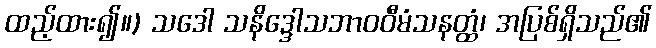
ထည့်ထား၍။) သဒေါ သနိဒ္ဒေါသဘာဝဝီမံသနတ္ထံ၊ အပြစ်ရှိသည်၏